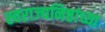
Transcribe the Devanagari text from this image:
स्वराज्यनिष्ठांच्या